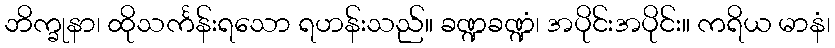
ဘိက္ခုနာ၊ ထိုသင်္ကန်းရသော ရဟန်းသည်။ ခဏ္ဍခဏ္ဍံ၊ အပိုင်းအပိုင်း။ ကရိယ မာနံ၊